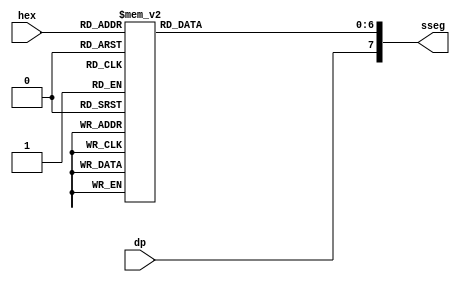
`timescale 1ns / 1ps
//////////////////////////////////////////////////////////////////////////////////
// Company: 
// Engineer: 
// 
// Design Name: 
// Module Name: hex_7seg
// Project Name: 
// Target Devices: 
// Tool Versions: 
// Description: 
// 
// Dependencies: 
// 
// Revision:
// Revision 0.01 - File Created
// Additional Comments:
// 
//////////////////////////////////////////////////////////////////////////////////


module hex_7seg
        (
        input [3:0] hex,
input  dp,
        output reg [7:0]  sseg       
       );
       always @*                                                    
         begin
          case (hex)
              4'h0: sseg [6:0] = 7'b0000001;
              4'h1: sseg [6:0] = 7'b1001111;
              4'h2: sseg [6:0] = 7'b0010010;
              4'h3: sseg [6:0] = 7'b0000110;
              4'h4: sseg[6:0] = 7'b1001100;
              4'h5: sseg [6:0] = 7'b0100100;
              4'h6: sseg [6:0] = 7'b0100000;
              4'h7: sseg [6:0] = 7'b0001111;
              4'h8 : sseg [6:0] = 7'b0000000 ;
           4'h9 : sseg [6:0] = 7'b0000100 ;
              4'ha: sseg [6:0] = 7'b0001000;
              4'hb: sseg [6:0] = 7'b1100000;
              4'hc: sseg [6:0] = 7'b0110001;
              4'hd: sseg [6:0] = 7'b1000010;
           4'he: sseg [6:0] = 7'b0110000;
              4'hf: sseg [6:0] = 7'b0111000;
           endcase
       sseg [7] = dp;
end
endmodule